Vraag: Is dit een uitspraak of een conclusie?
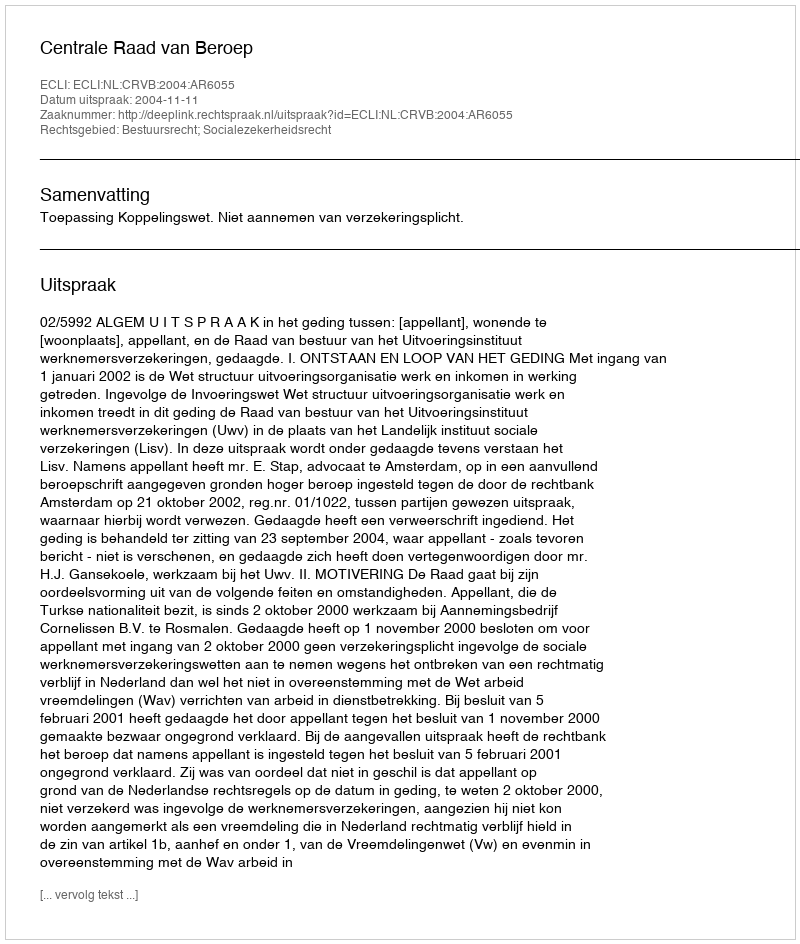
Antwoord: Uitspraak